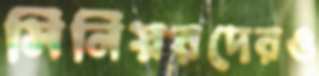
সিনিয়রদেরও